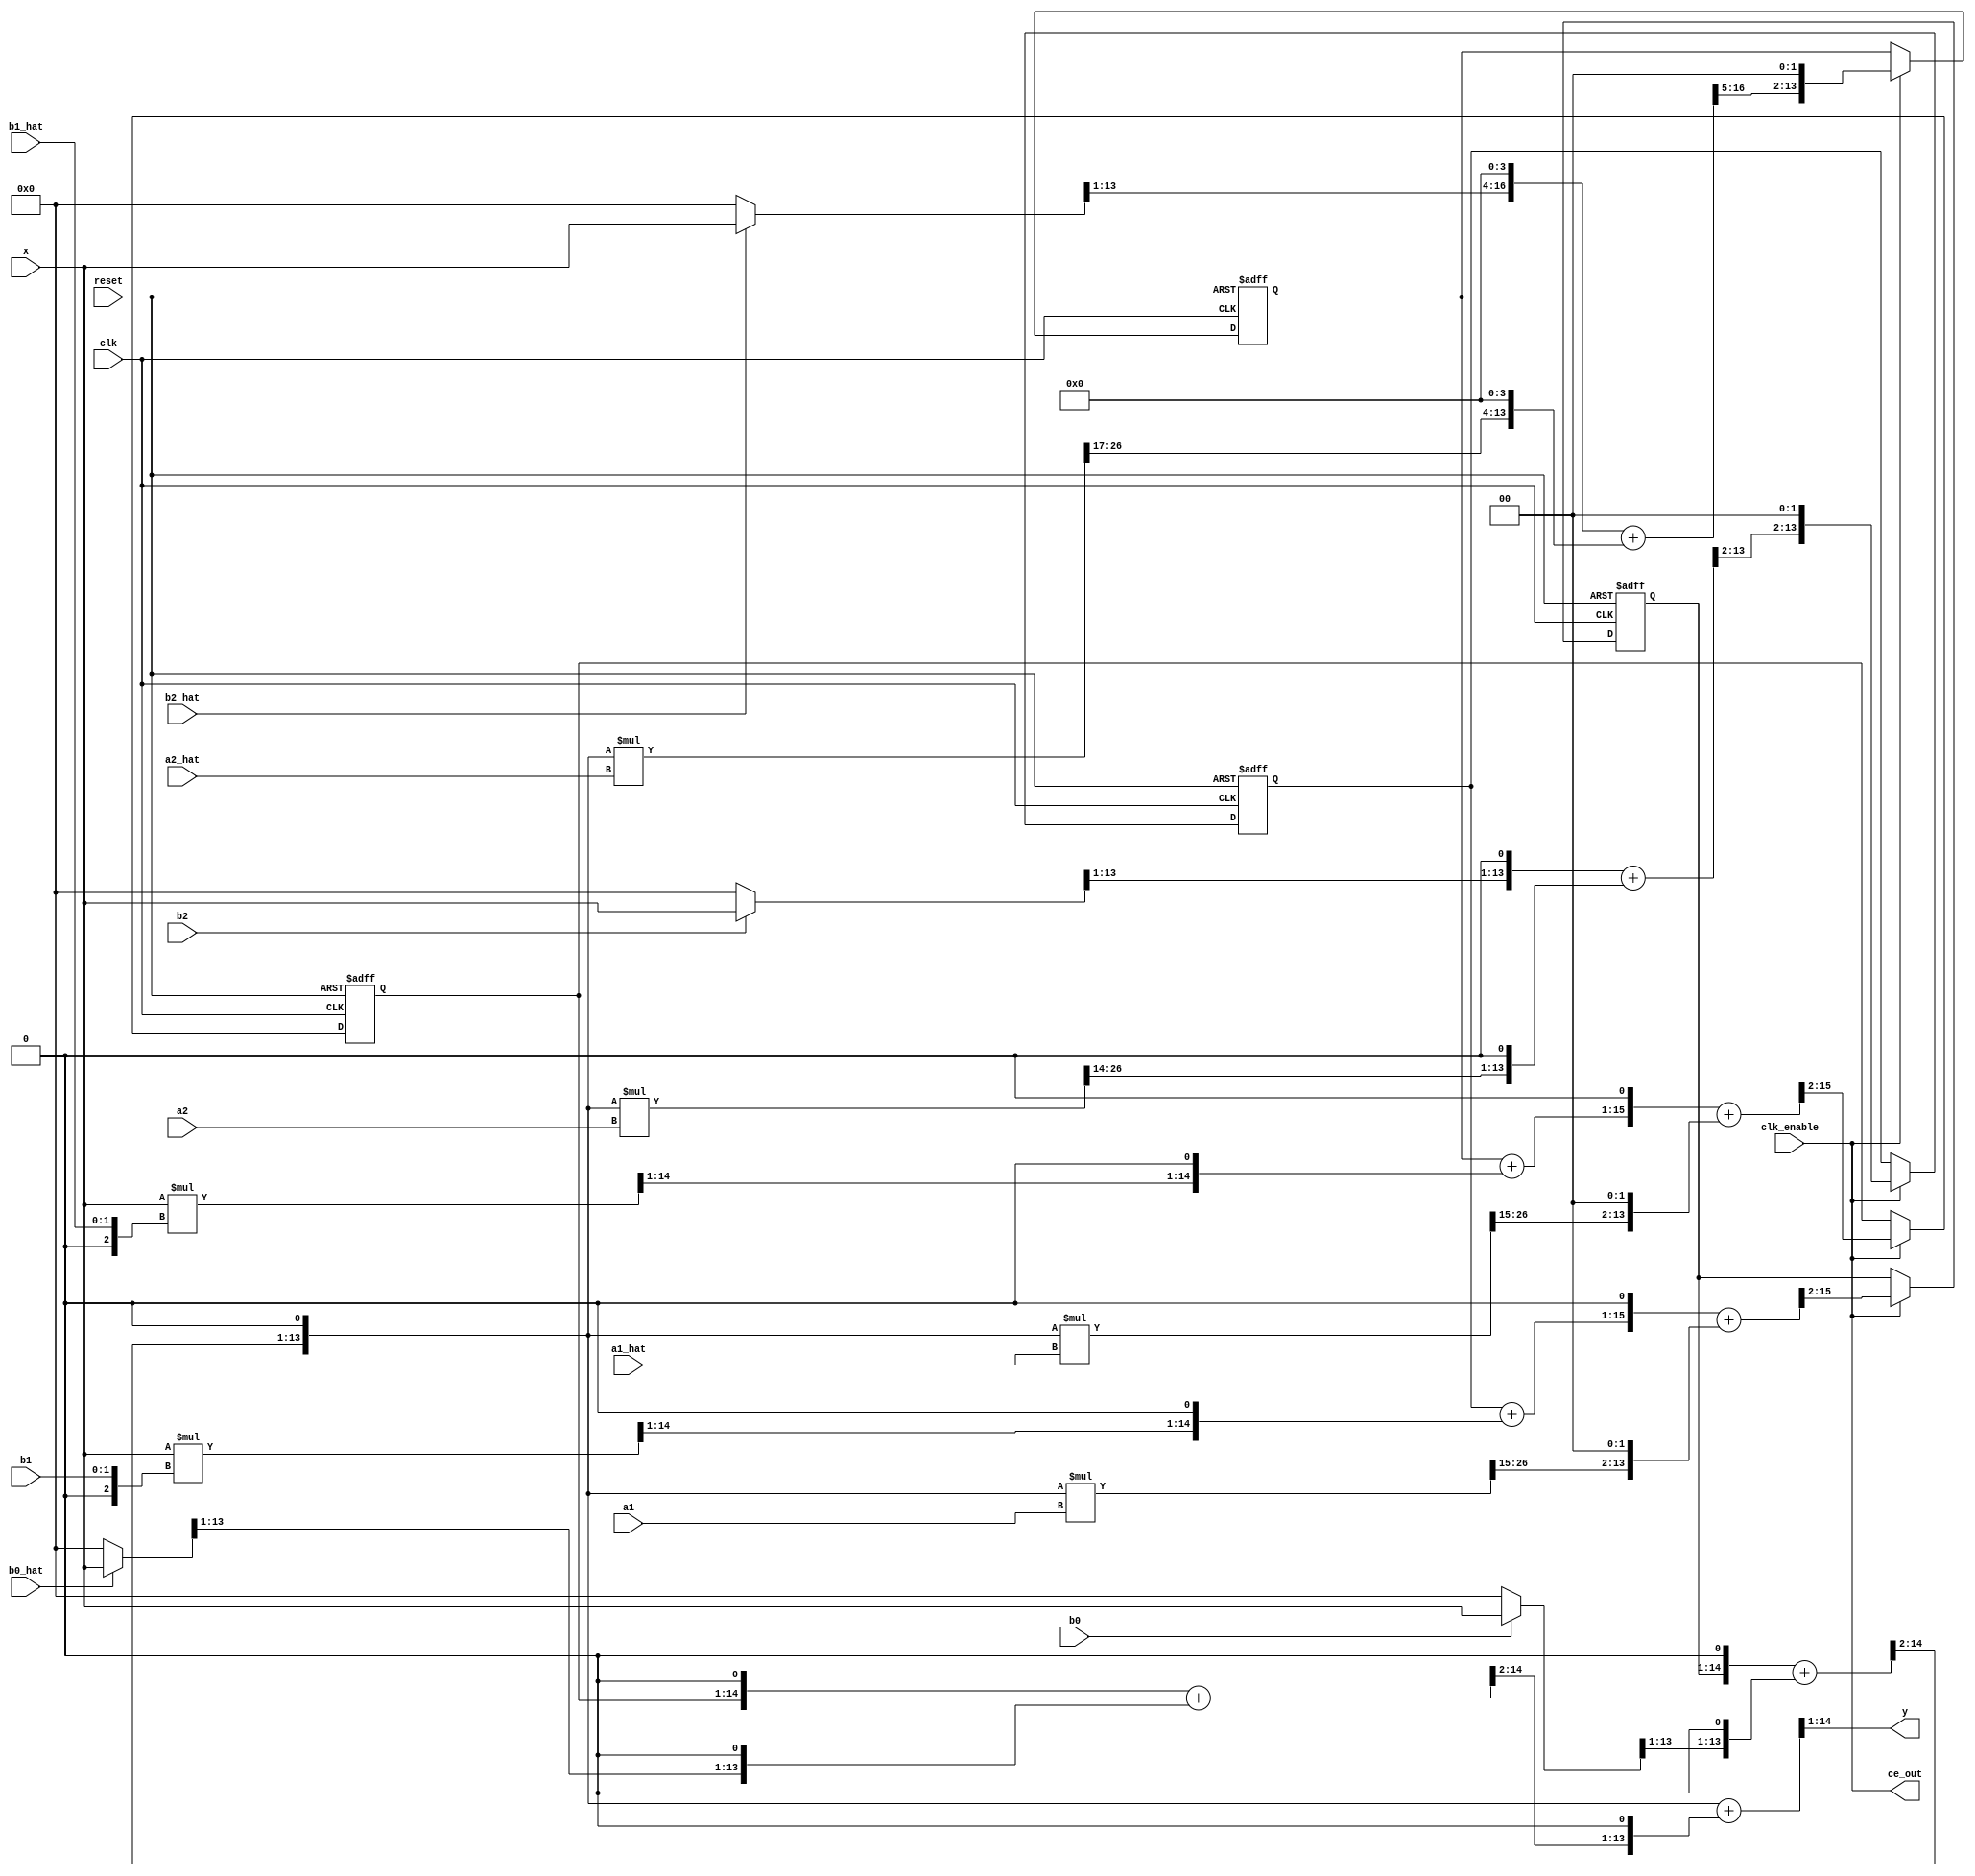
// -------------------------------------------------------------
// 
// 
// Generated by MATLAB 9.7, MATLAB Coder 4.3 and HDL Coder 3.15
// 
// 
// 
// -- -------------------------------------------------------------
// -- Rate and Clocking Details
// -- -------------------------------------------------------------
// Design base rate: 1
// 
// 
// Clock Enable  Sample Time
// -- -------------------------------------------------------------
// ce_out        1
// -- -------------------------------------------------------------
// 
// 
// Output Signal                 Clock Enable  Sample Time
// -- -------------------------------------------------------------
// y                             ce_out        1
// -- -------------------------------------------------------------
// 
// -------------------------------------------------------------


// -------------------------------------------------------------
// 
// Module: ParallelForm_IIR_Figure1_GeneratedCode2_fixpt
// Source Path: ParallelForm_IIR_Figure1_GeneratedCode2_fixpt
// Hierarchy Level: 0
// 
// -------------------------------------------------------------

`timescale 1 ns / 1 ns

module ParallelForm_IIR_Figure1_GeneratedCode2_fixpt
          (clk,
           reset,
           clk_enable,
           x,
           a1,
           a2,
           a1_hat,
           a2_hat,
           b0,
           b1,
           b2,
           b0_hat,
           b1_hat,
           b2_hat,
           ce_out,
           y);


  input   clk;
  input   reset;
  input   clk_enable;
  input   signed [13:0] x;  // sfix14_En12
  input   signed [13:0] a1;  // sfix14_En15
  input   signed [13:0] a2;  // sfix14_En14
  input   signed [13:0] a1_hat;  // sfix14_En15
  input   signed [13:0] a2_hat;  // sfix14_En17
  input   b0;  // ufix1
  input   [1:0] b1;  // ufix2
  input   b2;  // ufix1
  input   b0_hat;  // ufix1
  input   [1:0] b1_hat;  // ufix2
  input   b2_hat;  // ufix1
  output  ce_out;
  output  signed [13:0] y;  // sfix14_En10


  wire enb;
  wire signed [13:0] n3_mul;  // sfix14_En12
  wire signed [13:0] p6n3_mul_1;  // sfix14_En12
  wire signed [14:0] p6n3_mul_cast;  // sfix15_En12
  wire signed [13:0] p6n3_mul_cast_1;  // sfix14_En11
  wire signed [13:0] n2_mul;  // sfix14_En11
  wire signed [2:0] p5n2_mul_cast;  // sfix3
  wire signed [16:0] p5n2_mul_mul_temp;  // sfix17_En12
  wire signed [15:0] p5n2_mul_cast_1;  // sfix16_En12
  wire signed [13:0] n1_mul;  // sfix14_En12
  wire signed [13:0] p4n1_mul_1;  // sfix14_En12
  wire signed [14:0] p4n1_mul_cast;  // sfix15_En12
  wire signed [13:0] p4n1_mul_cast_1;  // sfix14_En11
  wire signed [13:0] n11_add;  // sfix14_En11
  wire signed [13:0] n7_mul;  // sfix14_En13
  wire signed [27:0] p14n7_mul_mul_temp;  // sfix28_En26
  wire signed [13:0] p14n7_mul_cast;  // sfix14_En11
  wire signed [13:0] n8_mul;  // sfix14_En12
  wire signed [27:0] p15n8_mul_mul_temp;  // sfix28_En25
  wire signed [13:0] p15n8_mul_cast;  // sfix14_En11
  wire signed [13:0] tmp;  // sfix14_En12
  wire signed [14:0] p22tmp_add_cast;  // sfix15_En12
  wire signed [14:0] p22tmp_add_cast_1;  // sfix15_En12
  wire signed [14:0] p22tmp_add_temp;  // sfix15_En12
  wire signed [13:0] p22tmp_cast;  // sfix14_En10
  reg signed [13:0] n13_add_reg_1;  // sfix14_En12
  wire signed [13:0] tmp_1;  // sfix14_En11
  wire signed [15:0] p20tmp_add_cast;  // sfix16_En12
  wire signed [15:0] p20tmp_add_cast_1;  // sfix16_En12
  wire signed [15:0] p20tmp_add_temp;  // sfix16_En12
  wire signed [17:0] p20tmp_add_cast_2;  // sfix18_En13
  wire signed [17:0] p20tmp_add_cast_3;  // sfix18_En13
  wire signed [17:0] p20tmp_add_temp_1;  // sfix18_En13
  reg signed [13:0] n12_add_reg_1;  // sfix14_En11
  wire signed [15:0] p11n11_add_add_cast;  // sfix16_En12
  wire signed [15:0] p11n11_add_add_cast_1;  // sfix16_En12
  wire signed [15:0] p11n11_add_add_temp;  // sfix16_En12
  wire signed [13:0] p11n11_add_cast;  // sfix14_En10
  wire signed [13:0] n6_mul;  // sfix14_En12
  wire signed [13:0] p9n6_mul_1;  // sfix14_En12
  wire signed [14:0] p9n6_mul_cast;  // sfix15_En12
  wire signed [13:0] p9n6_mul_cast_1;  // sfix14_En11
  wire signed [13:0] n10_mul;  // sfix14_En15
  wire signed [27:0] p17n10_mul_mul_temp;  // sfix28_En28
  wire signed [13:0] p17n10_mul_cast;  // sfix14_En11
  wire signed [13:0] tmp_2;  // sfix14_En12
  wire signed [17:0] p27tmp_add_cast;  // sfix18_En15
  wire signed [17:0] p27tmp_add_cast_1;  // sfix18_En15
  wire signed [17:0] p27tmp_add_temp;  // sfix18_En15
  wire signed [13:0] p27tmp_cast;  // sfix14_En10
  reg signed [13:0] n16_add_reg_1;  // sfix14_En12
  wire signed [13:0] n5_mul;  // sfix14_En11
  wire signed [2:0] p8n5_mul_cast;  // sfix3
  wire signed [16:0] p8n5_mul_mul_temp;  // sfix17_En12
  wire signed [15:0] p8n5_mul_cast_1;  // sfix16_En12
  wire signed [13:0] n9_mul;  // sfix14_En13
  wire signed [27:0] p16n9_mul_mul_temp;  // sfix28_En26
  wire signed [13:0] p16n9_mul_cast;  // sfix14_En11
  wire signed [13:0] tmp_3;  // sfix14_En11
  wire signed [15:0] p25tmp_add_cast;  // sfix16_En12
  wire signed [15:0] p25tmp_add_cast_1;  // sfix16_En12
  wire signed [15:0] p25tmp_add_temp;  // sfix16_En12
  wire signed [17:0] p25tmp_add_cast_2;  // sfix18_En13
  wire signed [17:0] p25tmp_add_cast_3;  // sfix18_En13
  wire signed [17:0] p25tmp_add_temp_1;  // sfix18_En13
  reg signed [13:0] n15_add_reg_1;  // sfix14_En11
  wire signed [13:0] n4_mul;  // sfix14_En12
  wire signed [13:0] p7n4_mul_1;  // sfix14_En12
  wire signed [14:0] p7n4_mul_cast;  // sfix15_En12
  wire signed [13:0] p7n4_mul_cast_1;  // sfix14_En11
  wire signed [13:0] n14_add;  // sfix14_En11
  wire signed [15:0] p13n14_add_add_cast;  // sfix16_En12
  wire signed [15:0] p13n14_add_add_cast_1;  // sfix16_En12
  wire signed [15:0] p13n14_add_add_temp;  // sfix16_En12
  wire signed [13:0] p13n14_add_cast;  // sfix14_En10
  wire signed [13:0] n17_add;  // sfix14_En10
  wire signed [14:0] p18n17_add_add_cast;  // sfix15_En11
  wire signed [14:0] p18n17_add_add_cast_1;  // sfix15_En11
  wire signed [14:0] p18n17_add_add_temp;  // sfix15_En11


  assign p6n3_mul_1 = (b2 == 1'b1 ? x :
              14'sb00000000000000);
  assign p6n3_mul_cast = {p6n3_mul_1[13], p6n3_mul_1};
  assign p6n3_mul_cast_1 = p6n3_mul_cast[14:1];
  assign n3_mul = {p6n3_mul_cast_1[12:0], 1'b0};



  assign enb = clk_enable;

  assign p5n2_mul_cast = {1'b0, b1};
  assign p5n2_mul_mul_temp = x * p5n2_mul_cast;
  assign p5n2_mul_cast_1 = p5n2_mul_mul_temp[15:0];
  assign n2_mul = p5n2_mul_cast_1[14:1];



  // HDL code generation from MATLAB function: ParallelForm_IIR_Figure1_GeneratedCode2_fixpt
  // 
  // %%%%%%%%%%%%%%%%%%%%%%%%%%%%%%%%%%%%%%%%%%%%%%%%%%%%%%%%%%%%%%%%%%%%%%%%%%%
  // 
  //                                                                          %
  // 
  //           Generated by MATLAB 9.7 and Fixed-Point Designer 6.4           %
  // 
  //                                                                          %
  // 
  // %%%%%%%%%%%%%%%%%%%%%%%%%%%%%%%%%%%%%%%%%%%%%%%%%%%%%%%%%%%%%%%%%%%%%%%%%%%
  assign p4n1_mul_1 = (b0 == 1'b1 ? x :
              14'sb00000000000000);
  assign p4n1_mul_cast = {p4n1_mul_1[13], p4n1_mul_1};
  assign p4n1_mul_cast_1 = p4n1_mul_cast[14:1];
  assign n1_mul = {p4n1_mul_cast_1[12:0], 1'b0};



  assign p14n7_mul_mul_temp = n11_add * a1;
  assign p14n7_mul_cast = {p14n7_mul_mul_temp[27], p14n7_mul_mul_temp[27:15]};
  assign n7_mul = {p14n7_mul_cast[11:0], 2'b00};



  assign p15n8_mul_mul_temp = n11_add * a2;
  assign p15n8_mul_cast = p15n8_mul_mul_temp[27:14];
  assign n8_mul = {p15n8_mul_cast[12:0], 1'b0};



  assign p22tmp_add_cast = {n3_mul[13], n3_mul};
  assign p22tmp_add_cast_1 = {n8_mul[13], n8_mul};
  assign p22tmp_add_temp = p22tmp_add_cast + p22tmp_add_cast_1;
  assign p22tmp_cast = {p22tmp_add_temp[14], p22tmp_add_temp[14:2]};
  assign tmp = {p22tmp_cast[11:0], 2'b00};



  always @(posedge clk or posedge reset)
    begin : n13_add_reg_1_reg_process
      if (reset == 1'b1) begin
        n13_add_reg_1 <= 14'sb00000000000000;
      end
      else begin
        if (enb) begin
          n13_add_reg_1 <= tmp;
        end
      end
    end



  assign p20tmp_add_cast = {{2{n13_add_reg_1[13]}}, n13_add_reg_1};
  assign p20tmp_add_cast_1 = {n2_mul[13], {n2_mul, 1'b0}};
  assign p20tmp_add_temp = p20tmp_add_cast + p20tmp_add_cast_1;
  assign p20tmp_add_cast_2 = {p20tmp_add_temp[15], {p20tmp_add_temp, 1'b0}};
  assign p20tmp_add_cast_3 = {{4{n7_mul[13]}}, n7_mul};
  assign p20tmp_add_temp_1 = p20tmp_add_cast_2 + p20tmp_add_cast_3;
  assign tmp_1 = p20tmp_add_temp_1[15:2];



  always @(posedge clk or posedge reset)
    begin : n12_add_reg_1_reg_process
      if (reset == 1'b1) begin
        n12_add_reg_1 <= 14'sb00000000000000;
      end
      else begin
        if (enb) begin
          n12_add_reg_1 <= tmp_1;
        end
      end
    end



  assign p11n11_add_add_cast = {n12_add_reg_1[13], {n12_add_reg_1, 1'b0}};
  assign p11n11_add_add_cast_1 = {{2{n1_mul[13]}}, n1_mul};
  assign p11n11_add_add_temp = p11n11_add_add_cast + p11n11_add_add_cast_1;
  assign p11n11_add_cast = p11n11_add_add_temp[15:2];
  assign n11_add = {p11n11_add_cast[12:0], 1'b0};



  assign p9n6_mul_1 = (b2_hat == 1'b1 ? x :
              14'sb00000000000000);
  assign p9n6_mul_cast = {p9n6_mul_1[13], p9n6_mul_1};
  assign p9n6_mul_cast_1 = p9n6_mul_cast[14:1];
  assign n6_mul = {p9n6_mul_cast_1[12:0], 1'b0};



  assign p17n10_mul_mul_temp = n11_add * a2_hat;
  assign p17n10_mul_cast = {{3{p17n10_mul_mul_temp[27]}}, p17n10_mul_mul_temp[27:17]};
  assign n10_mul = {p17n10_mul_cast[9:0], 4'b0000};



  assign p27tmp_add_cast = {n6_mul[13], {n6_mul, 3'b000}};
  assign p27tmp_add_cast_1 = {{4{n10_mul[13]}}, n10_mul};
  assign p27tmp_add_temp = p27tmp_add_cast + p27tmp_add_cast_1;
  assign p27tmp_cast = {p27tmp_add_temp[17], p27tmp_add_temp[17:5]};
  assign tmp_2 = {p27tmp_cast[11:0], 2'b00};



  always @(posedge clk or posedge reset)
    begin : n16_add_reg_1_reg_process
      if (reset == 1'b1) begin
        n16_add_reg_1 <= 14'sb00000000000000;
      end
      else begin
        if (enb) begin
          n16_add_reg_1 <= tmp_2;
        end
      end
    end



  assign p8n5_mul_cast = {1'b0, b1_hat};
  assign p8n5_mul_mul_temp = x * p8n5_mul_cast;
  assign p8n5_mul_cast_1 = p8n5_mul_mul_temp[15:0];
  assign n5_mul = p8n5_mul_cast_1[14:1];



  assign p16n9_mul_mul_temp = n11_add * a1_hat;
  assign p16n9_mul_cast = {p16n9_mul_mul_temp[27], p16n9_mul_mul_temp[27:15]};
  assign n9_mul = {p16n9_mul_cast[11:0], 2'b00};



  assign p25tmp_add_cast = {{2{n16_add_reg_1[13]}}, n16_add_reg_1};
  assign p25tmp_add_cast_1 = {n5_mul[13], {n5_mul, 1'b0}};
  assign p25tmp_add_temp = p25tmp_add_cast + p25tmp_add_cast_1;
  assign p25tmp_add_cast_2 = {p25tmp_add_temp[15], {p25tmp_add_temp, 1'b0}};
  assign p25tmp_add_cast_3 = {{4{n9_mul[13]}}, n9_mul};
  assign p25tmp_add_temp_1 = p25tmp_add_cast_2 + p25tmp_add_cast_3;
  assign tmp_3 = p25tmp_add_temp_1[15:2];



  always @(posedge clk or posedge reset)
    begin : n15_add_reg_1_reg_process
      if (reset == 1'b1) begin
        n15_add_reg_1 <= 14'sb00000000000000;
      end
      else begin
        if (enb) begin
          n15_add_reg_1 <= tmp_3;
        end
      end
    end



  assign p7n4_mul_1 = (b0_hat == 1'b1 ? x :
              14'sb00000000000000);
  assign p7n4_mul_cast = {p7n4_mul_1[13], p7n4_mul_1};
  assign p7n4_mul_cast_1 = p7n4_mul_cast[14:1];
  assign n4_mul = {p7n4_mul_cast_1[12:0], 1'b0};



  assign p13n14_add_add_cast = {n15_add_reg_1[13], {n15_add_reg_1, 1'b0}};
  assign p13n14_add_add_cast_1 = {{2{n4_mul[13]}}, n4_mul};
  assign p13n14_add_add_temp = p13n14_add_add_cast + p13n14_add_add_cast_1;
  assign p13n14_add_cast = p13n14_add_add_temp[15:2];
  assign n14_add = {p13n14_add_cast[12:0], 1'b0};



  assign p18n17_add_add_cast = {n11_add[13], n11_add};
  assign p18n17_add_add_cast_1 = {n14_add[13], n14_add};
  assign p18n17_add_add_temp = p18n17_add_add_cast + p18n17_add_add_cast_1;
  assign n17_add = p18n17_add_add_temp[14:1];



  assign ce_out = clk_enable;

  assign y = n17_add;

endmodule  // ParallelForm_IIR_Figure1_GeneratedCode2_fixpt